Annual administration report of the Civil Veterinary Department of India - 1896-1897
Year: 1896
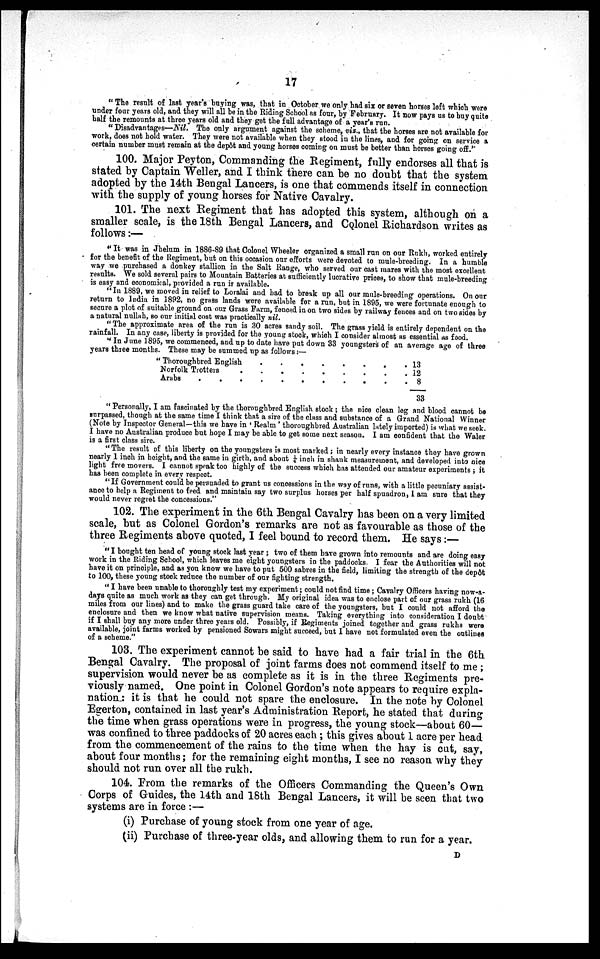
17
"The result of last year's buying was, that in October we only had six or seven horses left which were
under four years old, and they will all be in the Riding School as four, by February. It now pays us to buy quite
half the remounts at three years old and they get the full advantage of a year's run.
"Disadvantages—Nil. The only argument against the scheme, viz., that the horses are not available for
work, does not hold water. They were not available when they stood in the lines, and for going on service a
certain number must remain at the depôt and young horses coming on must be better than horses going off."
100. Major Peyton, Commanding the Regiment, fully endorses all that is
stated by Captain Weller, and I think there can be no doubt that the system
adopted by the 14th Bengal Lancers, is one that commends itself in connection
with the supply of young horses for Native Cavalry.
101. The next Regiment that has adopted this system, although on a
smaller scale, is the 18th Bengal Lancers, and Colonel Richardson writes as
follows:—
"It was in Jhelum in 1886-89 that Colonel Wheeler organized a small run on our Rukh, worked entirely
for the benefit of the Regiment, but on this occasion our efforts were devoted to mule-breeding. In a humble
way we purchased a donkey stallion in the Salt Range, who served our cast mares with the most excellent
results. We sold several pairs to Mountain Batteries at sufficiently lucrative prices, to show that mule-breeding
is easy and economical, provided a run is available.
"In 1889, we moved in relief to Loralai and had to break up all our mule-breeding operations. On our
return to India in 1892, no grass lands were available for a run, but in 1895, we were fortunate enough to
secure a plot of suitable ground on our Grass Farm, fenced in on two sides by railway fences and on two sides by
a natural nullah, so our initial cost was practically nil.
"The approximate area of the run is 30 acres sandy soil. The grass yield is entirely dependent on the
rainfall. In any case, liberty is provided for the young stock, which I consider almost as essential as food.
"In June 1895, we commenced, and up to date have put down 33 youngsters of an average age of three
years three months. These may be summed up as follows:—
Thoroughbred English . . . . . . . . .
Norfolk Trotter . . . . . . . . .
Arabs . . . . . . . . .
13
12
8
33
"Personally, I am fascinated by the thoroughbred English stock; the nice clean leg and blood cannot be
surpassed, though at the same time I think that a sire of the class and substance of a Grand National Winner
(Note by Inspector General—this we have in 'Realm' thoroughbred Australian lately imported) is what we seek.
I have no Australian produce but hope I may be able to get some next season. I am confident that the Waler
is a first class sire.
"The result of this liberty on the youngsters is most marked; in nearly every instance they have grown
nearly 1 inch in height, and the same in girth, and about ¼ inch in shank measurement, and developed into nice
light free movers. I cannot speak too highly of the success which has attended our amateur experiments; it
has been complete in every respect.
"If Government could be persuaded to grant us concessions in the way of runs, with a little pecuniary assist-
ance to help a Regiment to feed and maintain say two surplus horses per half spuadron, I am sure that they
would never regret the concessions."
102. The experiment in the 6th Bengal Cavalry has been on a very limited
scale, but as Colonel Gordon's remarks are not as favourable as those of the
three Regiments above quoted, I feel bound to record them. He says:—
"I bought ten head of young stock last year; two of them have grown into remounts and are doing easy
work in the Riding School, which leaves me eight youngsters in the paddocks. I fear the Authorities will not
have it on principle, and as you know we have to put 500 sabres in the field, limiting the strength of the depôt
to 100, these young stock reduce the number of our fighting strength.
"I have been unable to thoroughly test my experiment; could not find time; Cavalry Officers having now-a-
days quite as much work as they can get through. My original idea was to enclose part of our grass rukh (16
miles from our lines) and to make the grass guard take care of the youngsters, but I could not afford the
enclosure and then we know what native supervision means. Taking everything into consideration I doubt
if I shall buy any more under three years old. Possibly, if Regiments joined together and grass rukhs were
available, joint farms worked by pensioned Sowars might succeed, but I have not formulated even the outlines
of a scheme."
103. The experiment cannot be said to have had a fair trial in the 6th
Bengal Cavalry. The proposal of joint farms does not commend itself to me;
supervision would never be as complete as it is in the three Regiments pre-
viously named. One point in Colonel Gordon's note appears to require expla-
nation: it is that he could not spare the enclosure. In the note by Colonel
Egerton, contained in last year's Administration Report, he stated that during
the time when grass operations were in progress, the young stock—about 60—
was confined to three paddocks of 20 acres each; this gives about 1 acre per head
from the commencement of the rains to the time when the hay is cut, say,
about four months; for the remaining eight months, I see no reason why they
should not run over all the rukh.
104. From the remarks of the Officers Commanding the Queen's Own
Corps of Guides, the 14th and 18th Bengal Lancers, it will be seen that two
systems are in force:—
(i) Purchase of young stock from one year of age.
(ii) Purchase of three-year olds, and allowing them to run for a year.
D